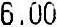
6.00